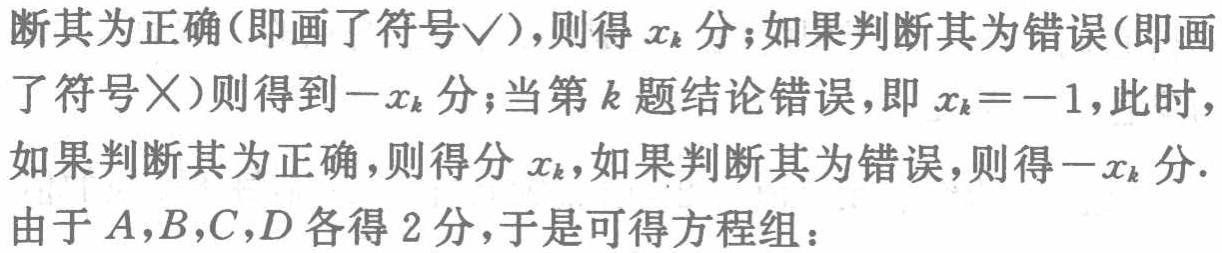
断其为正确(即画了符号$\checkmark$),则得$x_{k}$分;如果判断其为错误(即画了符号$\times$)则得到$-x_{k}$分;当第$k$题结论错误,即$x_{k} = - 1$,此时,如果判断其为正确,则得分$x_{k}$,如果判断其为错误,则得$-x_{k}$分.由于$A,B,C,D$各得$2$分,于是可得方程组：